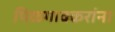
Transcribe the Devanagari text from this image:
पिळगावकरांना